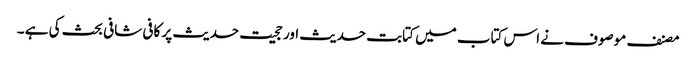
مصنف موصوف نے اس کتاب میں کتابت حدیث اور حجیت حدیث پر کافی شافی بحث کی ہے ۔